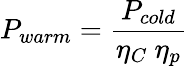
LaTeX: P_{warm}={\frac{P_{cold}}{\eta_{C}\ \eta_{p}}}